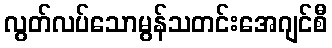
လွတ်လပ်သောမွန်သတင်းအေဂျင်စီ